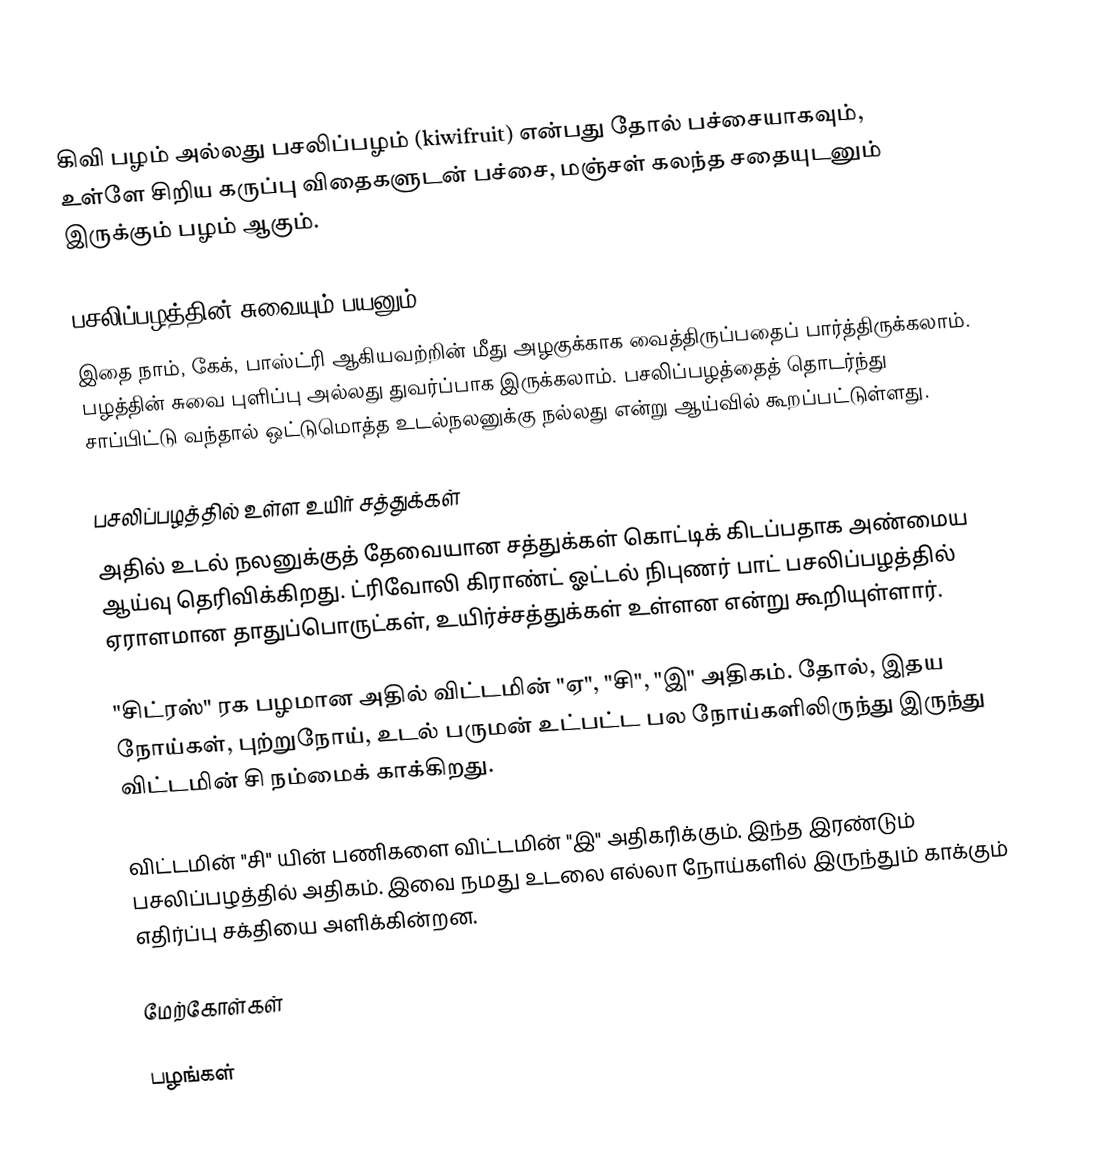
கிவி பழம் அல்லது பசலிப்பழம் (kiwifruit) என்பது தோல் பச்சையாகவும், உள்ளே சிறிய கருப்பு விதைகளுடன் பச்சை, மஞ்சள் கலந்த சதையுடனும் இருக்கும் பழம் ஆகும்.

பசலிப்பழத்தின் சுவையும் பயனும்
இதை நாம்,  கேக், பாஸ்ட்ரி ஆகியவற்றின் மீது அழகுக்காக வைத்திருப்பதைப் பார்த்திருக்கலாம். பழத்தின் சுவை புளிப்பு அல்லது துவர்ப்பாக இருக்கலாம். பசலிப்பழத்தைத் தொடர்ந்து சாப்பிட்டு வந்தால் ஒட்டுமொத்த உடல்நலனுக்கு நல்லது என்று ஆய்வில் கூறப்பட்டுள்ளது.

பசலிப்பழத்தில் உள்ள உயிர் சத்துக்கள்
அதில் உடல் நலனுக்குத் தேவையான சத்துக்கள் கொட்டிக் கிடப்பதாக அண்மைய ஆய்வு தெரிவிக்கிறது. ட்ரிவோலி கிராண்ட் ஓட்டல் நிபுணர் பாட் பசலிப்பழத்தில் ஏராளமான தாதுப்பொருட்கள், உயிர்ச்சத்துக்கள் உள்ளன என்று கூறியுள்ளார்.

"சிட்ரஸ்" ரக பழமான அதில் விட்டமின் "ஏ", "சி", "இ" அதிகம். தோல், இதய நோய்கள், புற்றுநோய், உடல் பருமன் உட்பட்ட பல நோய்களிலிருந்து இருந்து விட்டமின் சி நம்மைக் காக்கிறது.

விட்டமின் "சி" யின் பணிகளை விட்டமின் "இ" அதிகரிக்கும். இந்த இரண்டும் பசலிப்பழத்தில் அதிகம். இவை நமது உடலை எல்லா நோய்களில் இருந்தும் காக்கும் எதிர்ப்பு சக்தியை அளிக்கின்றன.

மேற்கோள்கள்

பழங்கள்